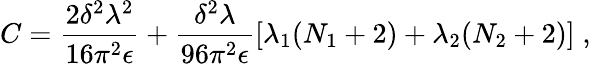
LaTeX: C=\frac{2\delta^{2}\lambda^{2}}{16\pi^{2}\epsilon}+\frac{\delta^{2}\lambda}{96\pi^{2}\epsilon}\left[\lambda_{1}(N_{1}+2)+\lambda_{2}(N_{2}+2)\right]\; ,